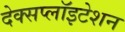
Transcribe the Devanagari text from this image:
देक्सप्लॉइटेशन